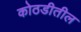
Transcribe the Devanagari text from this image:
कोठडीतील